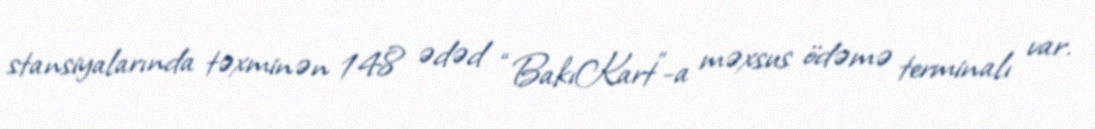
stansiyalarında təxminən 148 ədəd “BakıKart”-a məxsus ödəmə terminalı var.